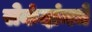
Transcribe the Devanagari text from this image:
सेकंदांमधे